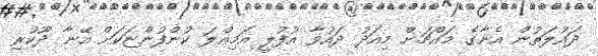
ދައުލަތުން އެނާގެ މައްޗަށް މިއަދު ދައުވާ އުފުލީ އަމިއްލަ ކުންފުންޏަކަށް އޭނާ ދޫކުރި